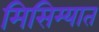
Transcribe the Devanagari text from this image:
मिसिम्यात